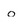
Character: o